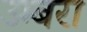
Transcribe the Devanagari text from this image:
उम्बरा